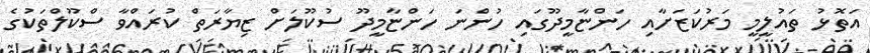
އަތޮޅު ތައުލީމީ މަރުކަޒަށާއި ހަންޏާމީދޫގައި ހުންނަ ހަންޏާމީދޫ ސުކޫލަށް ޒިޔާރަތް ކުރައްވާ ސްކޫލްތަކުގެ